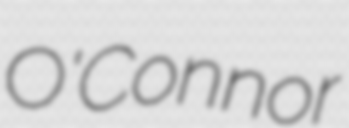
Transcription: O'Connor